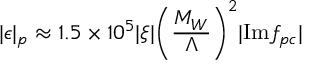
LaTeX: | \epsilon | _ { p } \approx 1 . 5 \times 1 0 ^ { 5 } | \xi | \biggl ( { \frac { M _ { W } } { \Lambda } } \biggr ) ^ { 2 } | \mathrm { I m } f _ { p c } |